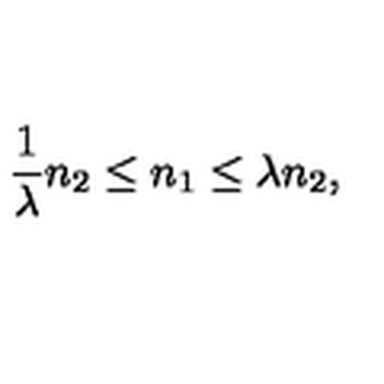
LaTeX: \frac { 1 } { \lambda } n _ { 2 } \leq n _ { 1 } \leq \lambda n _ { 2 } ,